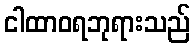
ငါထာဝရဘုရားသည်